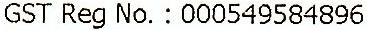
GST REG NO. : 000549584896